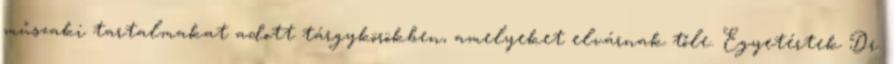
műszaki tartalmakat adott tárgykörökben, amelyeket elvárnak tőle. Egyetértek Dr.